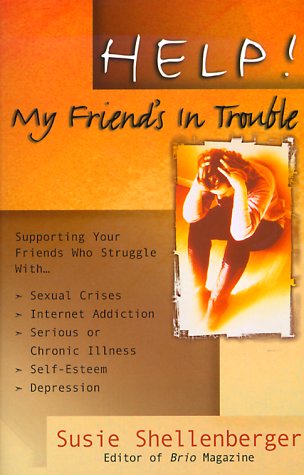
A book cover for Help! My Friend's in Trouble!: Supporting Your Friends Who Struggle With...Family Problems, Sexual Crises, Food Addictions, Self-Esteem, Depression,; Susie Shellenberger; Teen & Young Adult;